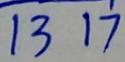
1 3 1 7